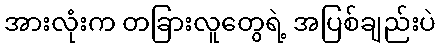
အားလုံးက တခြားလူတွေရဲ့ အပြစ်ချည်းပဲ